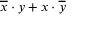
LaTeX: { \overline { { x } } } \cdot y + x \cdot { \overline { { y } } }